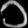
Digit: ၁